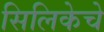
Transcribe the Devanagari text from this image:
सिलिकेचे